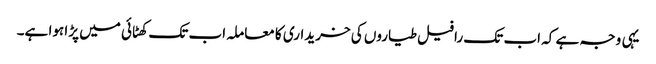
یہی وجہ ہے کہ اب تک رافیل طیاروں کی خریداری کا معاملہ اب تک کھٹائی میں پڑا ہوا ہے۔